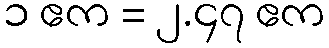
၁ ဧက = ၂.၄၇ ဧက